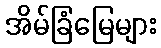
အိမ်ခြံမြေများ